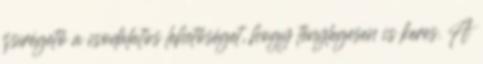
zsírégető a csodálatos lehetőséget, hogy ténylegesen is keres. A